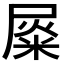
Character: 𡲴